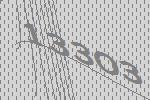
13303